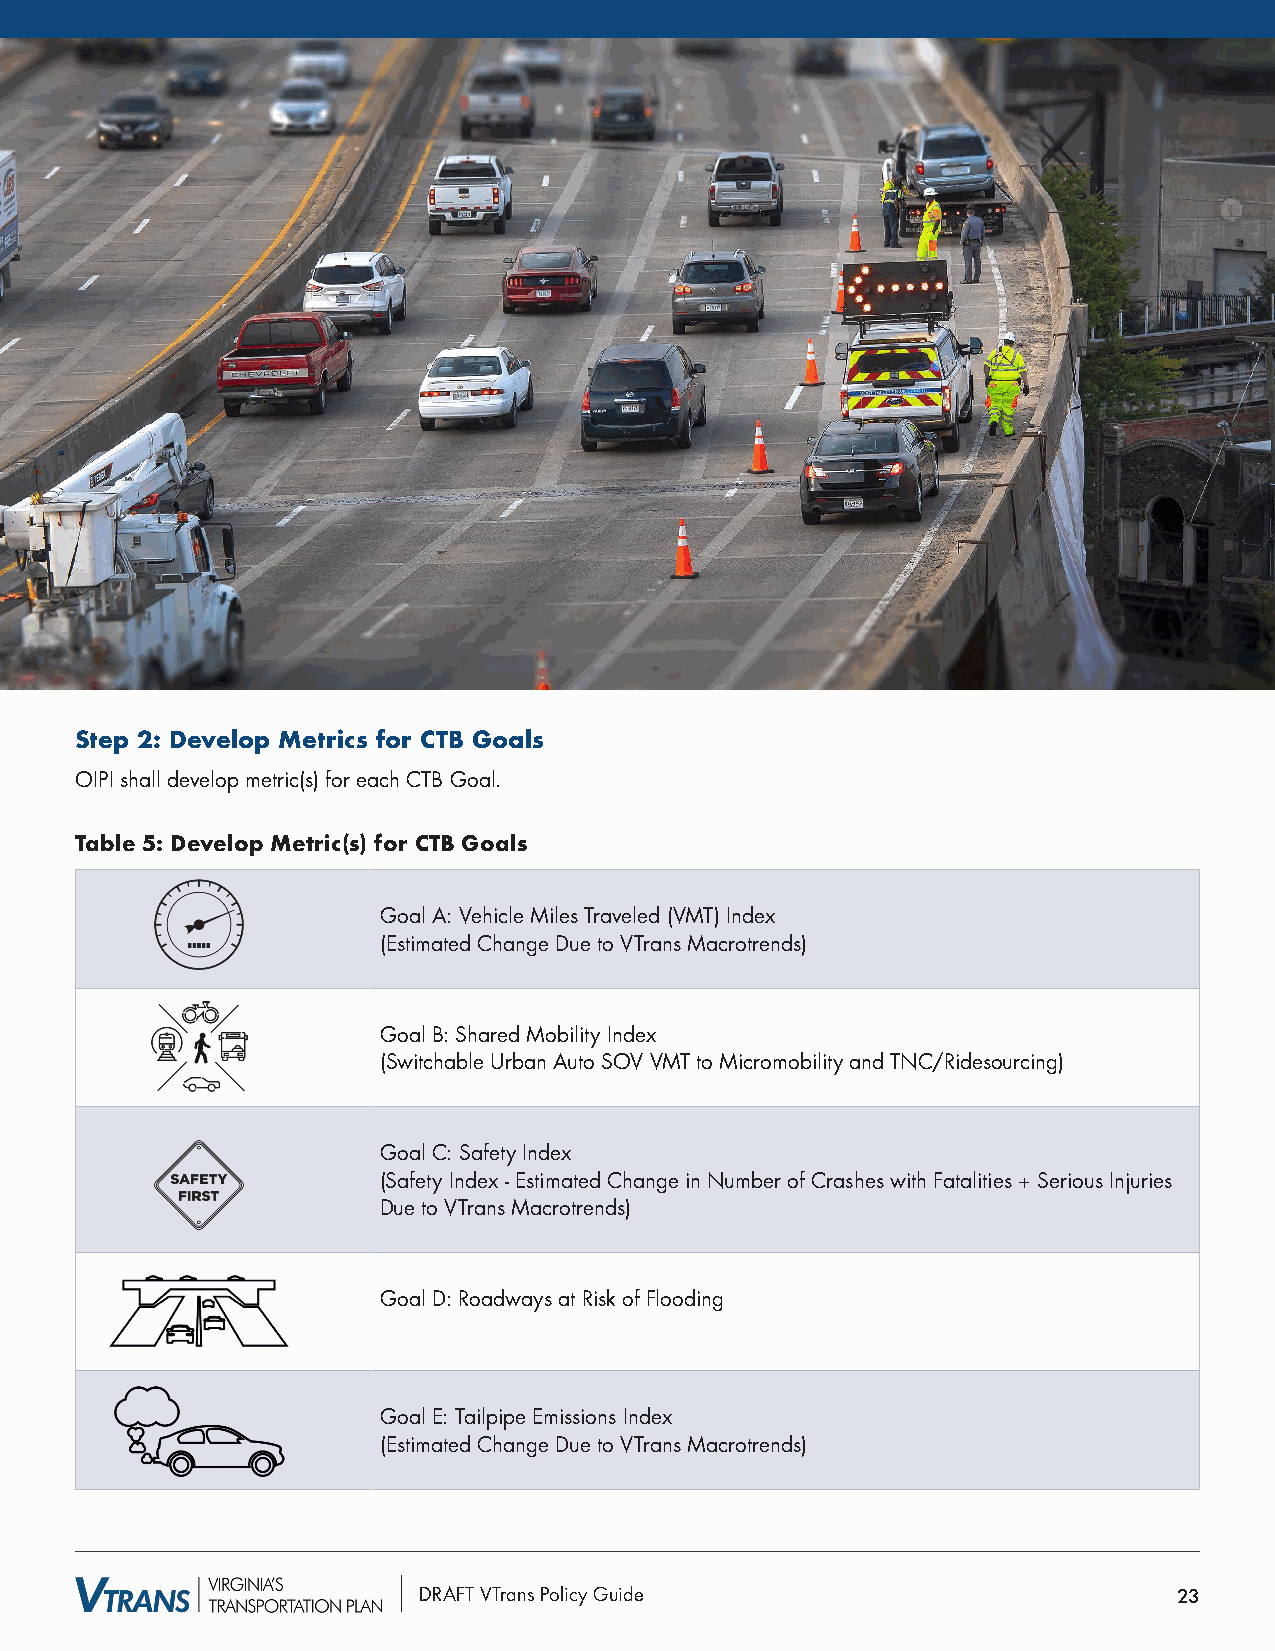
Step 2: Develop Metrics for CTB Goals
 OIPI shall develop metric(s) for each CTB Goal.
 Table 5: Develop Metric(s) for CTB Goals
 Goal A: Vehicle Miles Traveled (VMT) Index
 (Estimated Change Due to VTrans Macrotrends)
 Goal B: Shared Mobility Index
 (Switchable Urban Auto SOV VMT to Micromobility and TNC/Ridesourcing)
 Goal C: Safety Index
 (Safety Index - Estimated Change in Number of Crashes with Fatalities + Serious Injuries
 Due to VTrans Macrotrends)
 Goal D: Roadways at Risk of Flooding
 Goal E: Tailpipe Emissions Index
 (Estimated Change Due to VTrans Macrotrends)
 DRAFT VTrans Policy Guide                         23